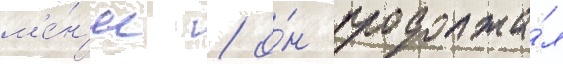
м'е́н'ее / о́н продолжа́л